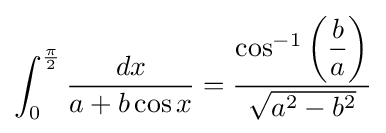
\int _{0}^{\frac {\pi }{2}}{\frac {dx}{a+b\cos x}}={\frac {\cos ^{-1}\left({\dfrac {b}{a}}\right)}{\sqrt {a^{2}-b^{2}}}}